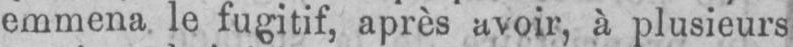
emmena le fugitif, après avoir, à plusieurs